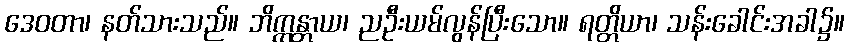
ဒေဝတာ၊ နတ်သားသည်။ ဘိက္ကန္တာယ၊ ညဦးယမ်လွန်ပြီးသော။ ရတ္တိယာ၊ သန်းခေါင်းအခါ၌။